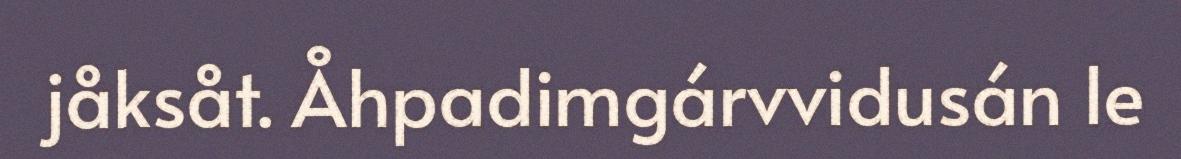
jåksåt. Åhpadimgárvvidusán le